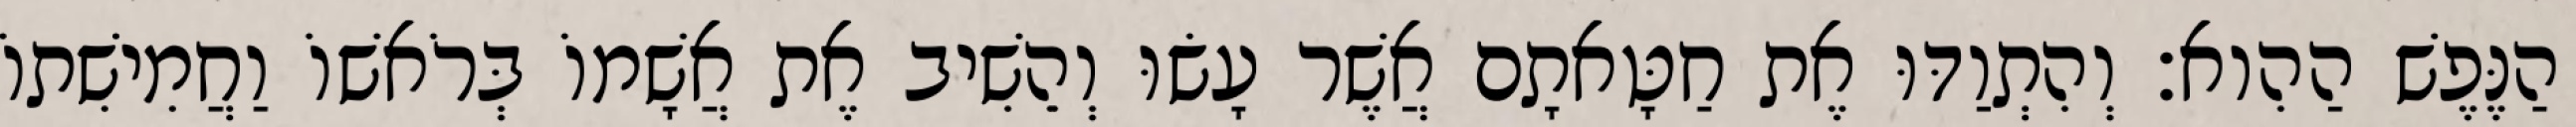
הַנֶּפֶשׁ הַהִוא׃ וְהִתְוַדּוּ אֶת חַטָּאתָם אֲשֶׁר עָשׂוּ וְהֵשִׁיב אֶת אֲשָׁמוֹ בְּרֹאשׁוֹ וַחֲמִישִׁתוֹ